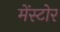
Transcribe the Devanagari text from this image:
मेंस्टोर